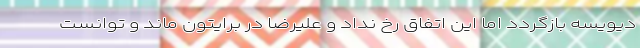
دیویسه بازگردد اما این اتفاق رخ نداد و علیرضا در برایتون ماند و توانست